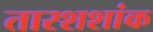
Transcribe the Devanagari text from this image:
तारशशांक